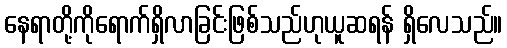
နေရာတို့ကိုရောက်ရှိလာခြင်းဖြစ်သည်ဟုယူဆရန် ရှိလေသည်။